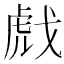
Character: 𰲞